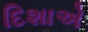
દિશાએ